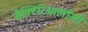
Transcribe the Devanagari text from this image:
बैक्टिरिओलॉजी